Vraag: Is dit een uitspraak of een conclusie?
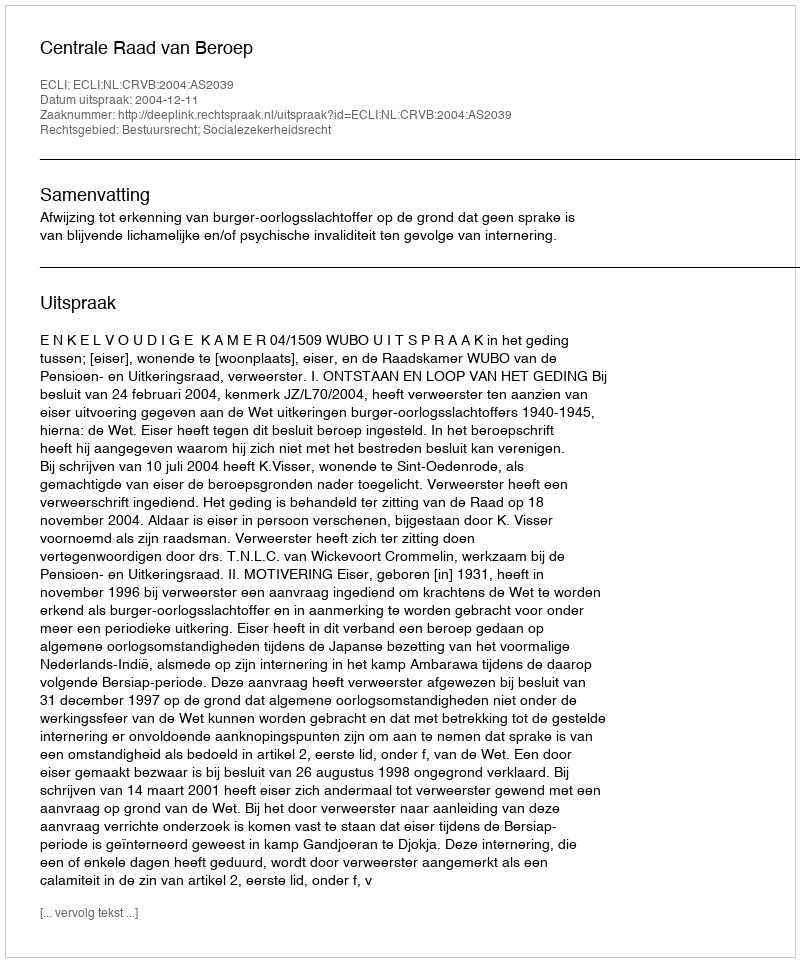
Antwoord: Uitspraak